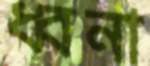
ধ্বনা